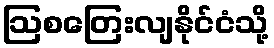
ဩစတြေးလျနိုင်ငံသို့